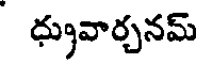
ధ్రువార్చనమ్